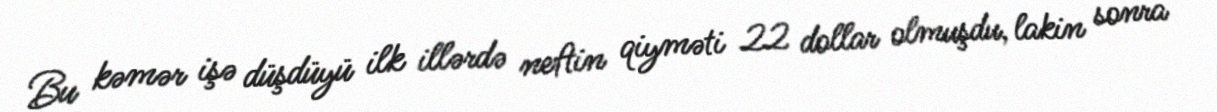
Bu kəmər işə düşdüyü ilk illərdə neftin qiyməti 22 dollar olmuşdu, lakin sonra